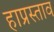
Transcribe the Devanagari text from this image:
हाप्रस्ताव